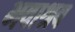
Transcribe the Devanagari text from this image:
भवाश्रव